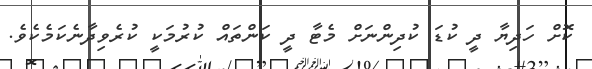
ކޮށް ހަދިޔާ ދީ ކުޑަ ކުދިންނަށް މެޓާ ދީ ކަންތައް ކުރުމަކީ ކުރެވިދާނެކަމެކެވެ.